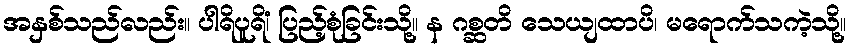
အနှစ်သည်လည်း။ ပါရိပူရိံ၊ ပြည့်စုံခြင်းသို့။ န ဂစ္ဆတိ သေယျထာပိ၊ မရောက်သကဲ့သို့။